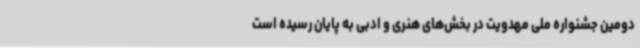
دومین جشنواره ملی مهدویت در بخش‌های هنری و ادبی به پایان رسیده است